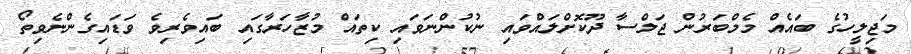
މަޖިލީހުގެ ބައެއް މެމްބަރުން ޖަލްސާ ދޫކޮށްލައްވައި ނުކުންނަވައި ކިތައް މުޒާހަރާގައި ބައިވެރިވެ ވަޑައިގެންނެވިތޯ